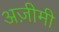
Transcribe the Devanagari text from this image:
अज़ीमी